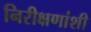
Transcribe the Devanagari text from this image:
निरीक्षणांशी